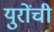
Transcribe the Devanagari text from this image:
युरोंची